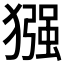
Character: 𪻈